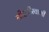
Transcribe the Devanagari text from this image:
श्रीहरीस्वामी